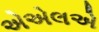
એએલએ